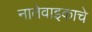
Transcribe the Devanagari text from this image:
नातेवाइकाचे